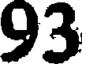
93